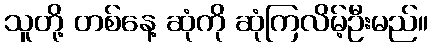
သူတို့ တစ်နေ့ ဆုံကို ဆုံကြလိမ့်ဦးမည်။